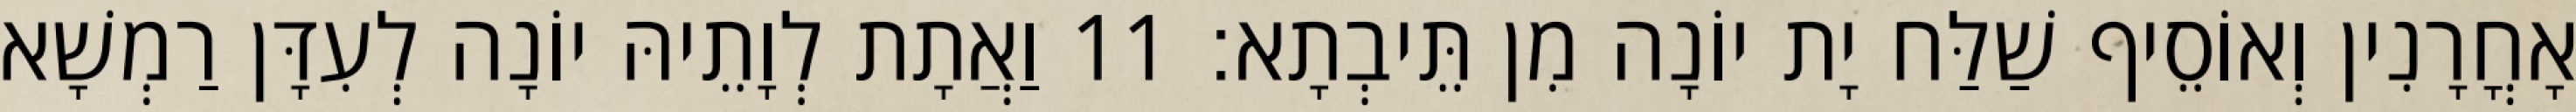
אָחֳרָנִין וְאוֹסֵיף שַׁלַּח יָת יוֹנָה מִן תֵּיבְתָא׃ 11 וַאֲתָת לְוָתֵיהּ יוֹנָה לְעִדָּן רַמְשָׁא